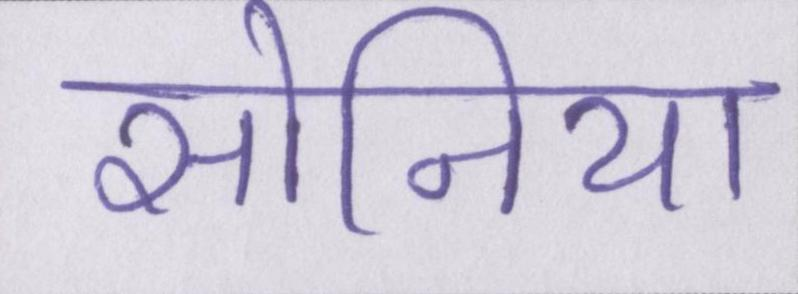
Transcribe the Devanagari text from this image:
सोनिया